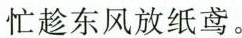
忙趁东风放纸鸢